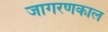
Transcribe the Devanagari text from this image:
जागरणकाल